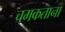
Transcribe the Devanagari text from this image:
चमकताना